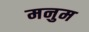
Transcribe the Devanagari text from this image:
मनुम